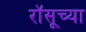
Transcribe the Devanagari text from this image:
रॉसूच्या